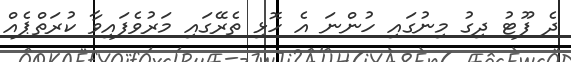
ދެ ފޫޓު ދިގު މިނުގައި ހުންނަ އެ ހޮޅި ތެރޭގައި މަރުވެފައިވާ ކުރަތްޕެއް